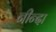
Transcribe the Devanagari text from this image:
नीन्दा